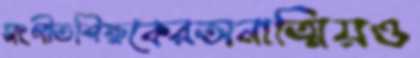
সংগীতশিক্ষকেরঅনাত্মিয়ও